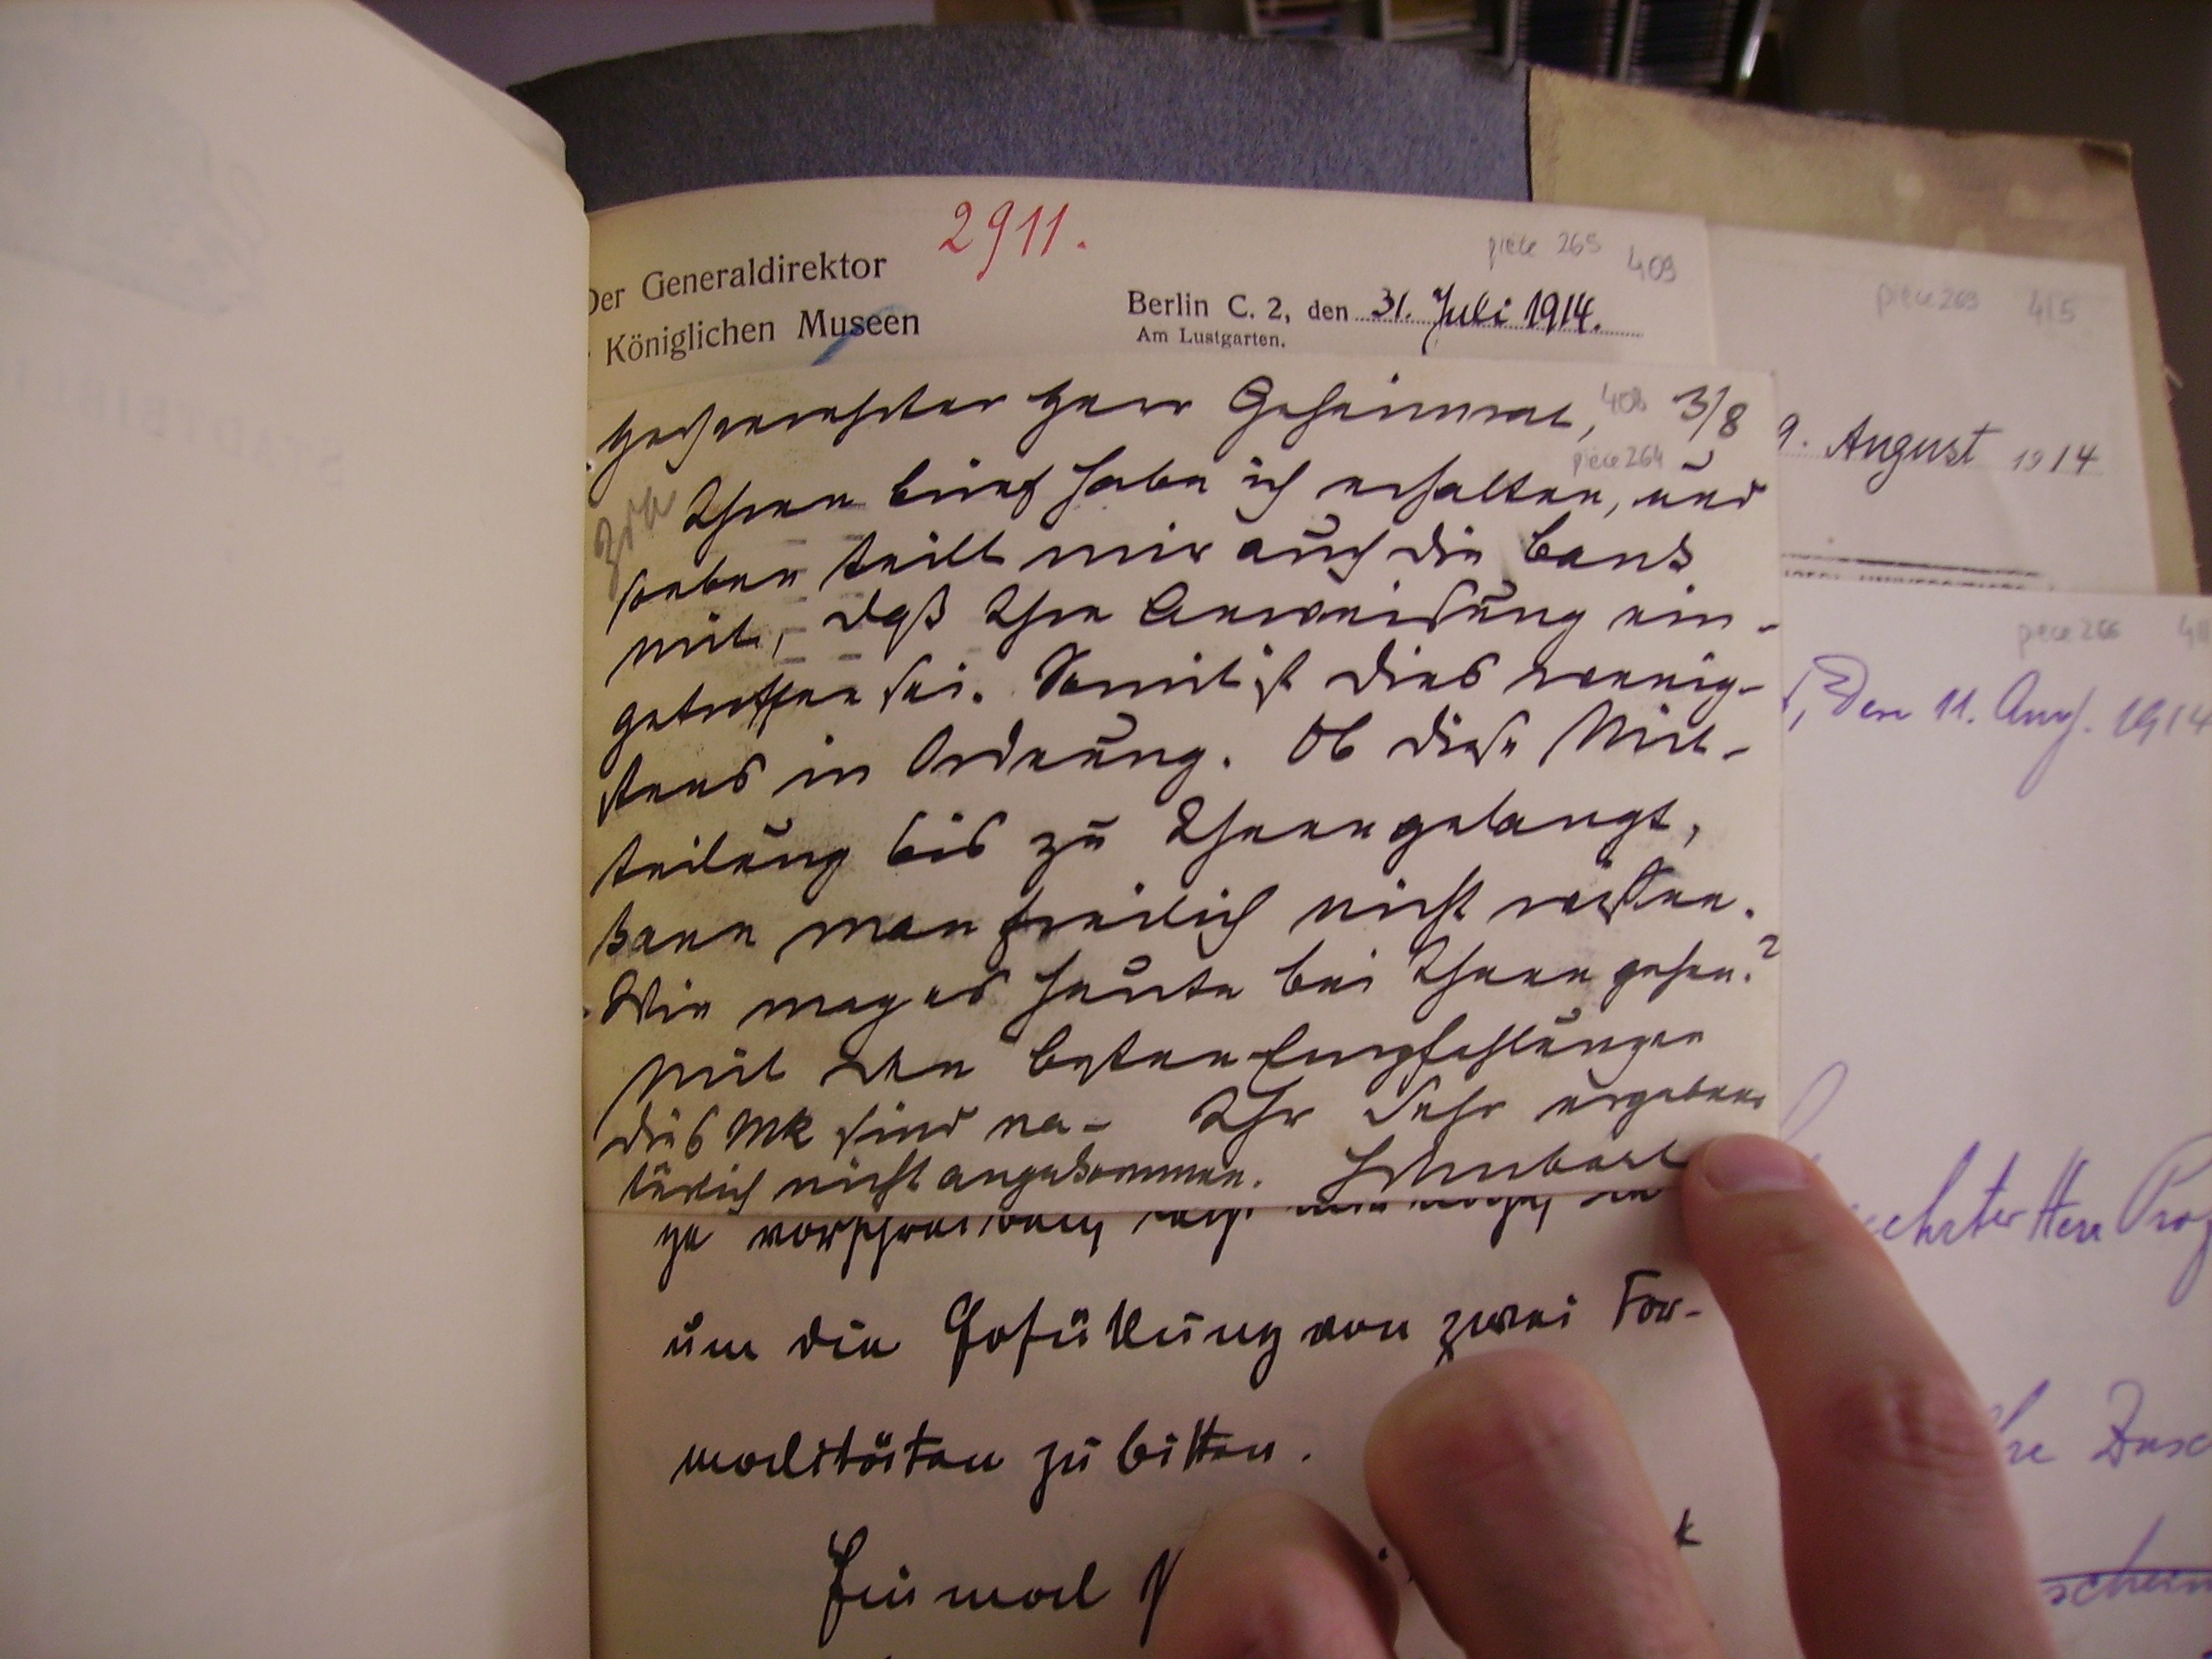
hochverehrter Herr Geheimrat, 3/3
Ihren brief habe ich erhalten, und
soeben teiltmir auch die bank
mit, daß Ihre Anweisung ein¬
getroffen sei. Somit ist dies wenig¬
stens in Ordnung. Ob diese Mit¬
teilung bis zu Ihnen gelangt,
kann man freilich nicht wißen.
wie mag es heute bei Ihnen gehen?
Mit den besten Empfehlungen
die 6Mk sind na-	Ihr sehr ergebener
türlich nicht angekommen. Schubart